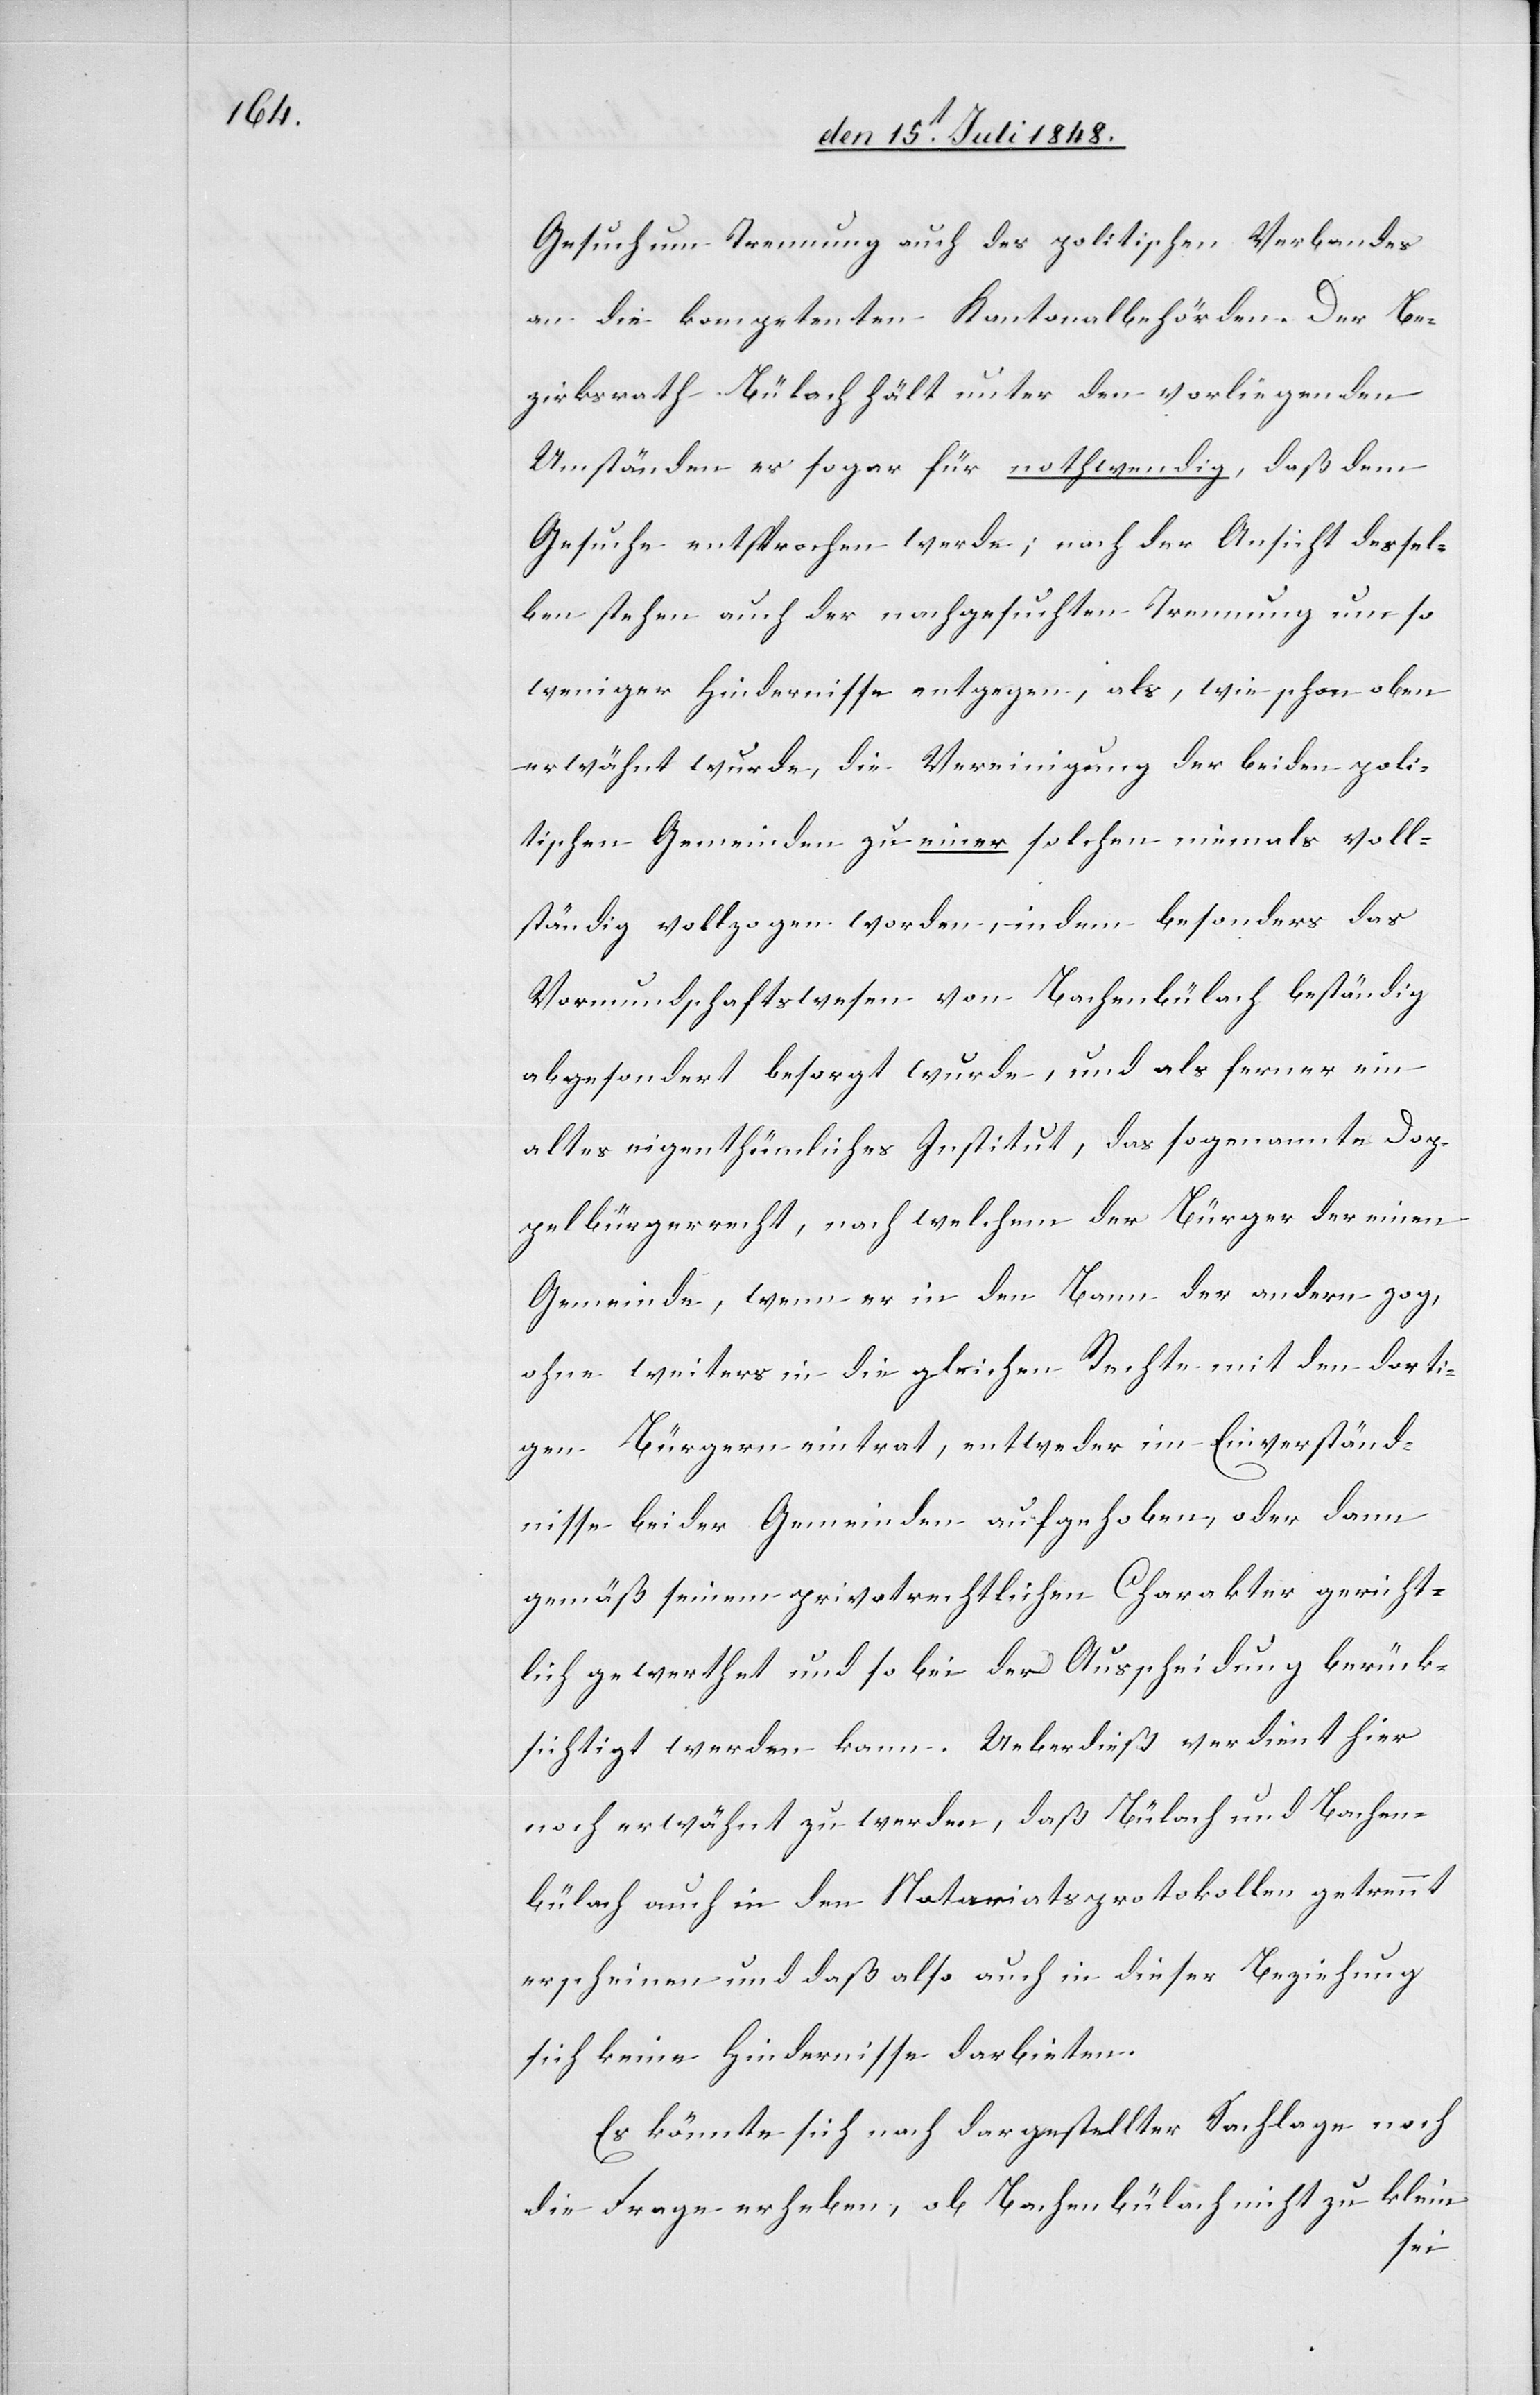
Gesuch um Trennung auch des politischen Verbandes
an die kompetenten Kantonalbehörden. Der Be¬
zirksrath Bülach hält unter den vorliegenden
Umständen es sogar für nothwendig, daß dem
Gesuche entsprochen werde; nach der Ansicht dessel¬
ben stehen auch der nachgesuchten Trennung um so
weniger Hindernisse entgegen, als, wie schon oben
erwähnt wurde, die Vereinigung der beiden poli¬
tischen Gemeinden zu einer solchen niemals voll¬
ständig vollzogen worden, indem besonders das
Vormundschaftswesen von Bachenbülach beständig
abgesondert besorgt wurde, und als ferner ein
altes eigenthümliches Institut, das sogenannte Dop¬
pelbürgerrecht, nach welchem der Bürger der einen
Gemeinde, wenn er in den Bann der andern zog,
ohne weiters in die gleichen Rechte mit den dorti¬
gen Bürgern eintrat, entweder im Einverständ¬
nisse beider Gemeinden aufgehoben, oder dann
gemäß seinem privatrechtlichen Charakter gericht¬
lich gewerthet und so bei der Ausscheidung berück¬
sichtigt werden kann. Ueberdieß verdient hier
noch erwähnt zu werden, daß Bülach und Bachen¬
bülach auch in den Notariatsprotokollen getrennt
erscheinen und daß also auch in dieser Beziehung
sich keine Hindernisse darbieten.
Es könnte sich nach dargestellter Sachlage noch
die Frage erheben, ob Bachenbülach nicht zu klein